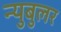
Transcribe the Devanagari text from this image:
न्‍युबुलर